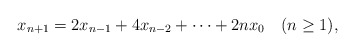
\begin{align*}x_{n+1}= 2 x_{n-1}+ 4 x_{n-2}+\cdots+ 2nx_0\quad(n\geq 1),\end{align*}